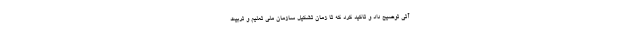
آتی توضیح داد و تاکید کرد که تا زمان تشکیل سازمان ملی تعلیم و تربیت